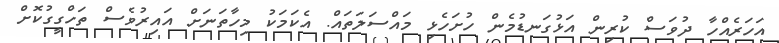
އަހަރެއްހާ ދުވަސް ކުރިން އަޅުގަނޑުމެން ހުށަހެޅި މައްސަލަތައް. އެކަމަކު މިހާތަނަށް އައިރުވެސް ތަހްގީގުކޮށް